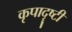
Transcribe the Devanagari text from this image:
कृपादॄष्टी